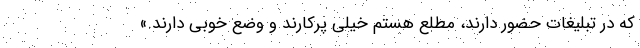
که در تبلیغات حضور دارند، مطلع هستم خیلی پرکارند و وضع خوبی دارند.»